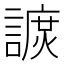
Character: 𧫽